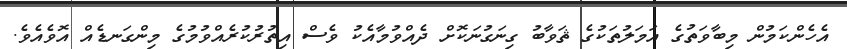
އެހެންކަމުން މިބާވަތުގެ އަމަލުތަކުގެ ޘަވާބު ގިނަގުނަކޮށް ދެއްވުމާއެކު ވެސް އިތުރުކުރެއްވުމުގެ މިންގަނޑެއް އޮވެއެވެ.